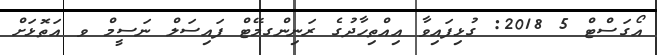
އޯގަސްޓް 5 2018: ގުޅިފައިވާ އިއްތިހާދުގެ ރަނިންގމޭޓް ފައިސަލް ނަސީމް ވ އަތޮޅަށް